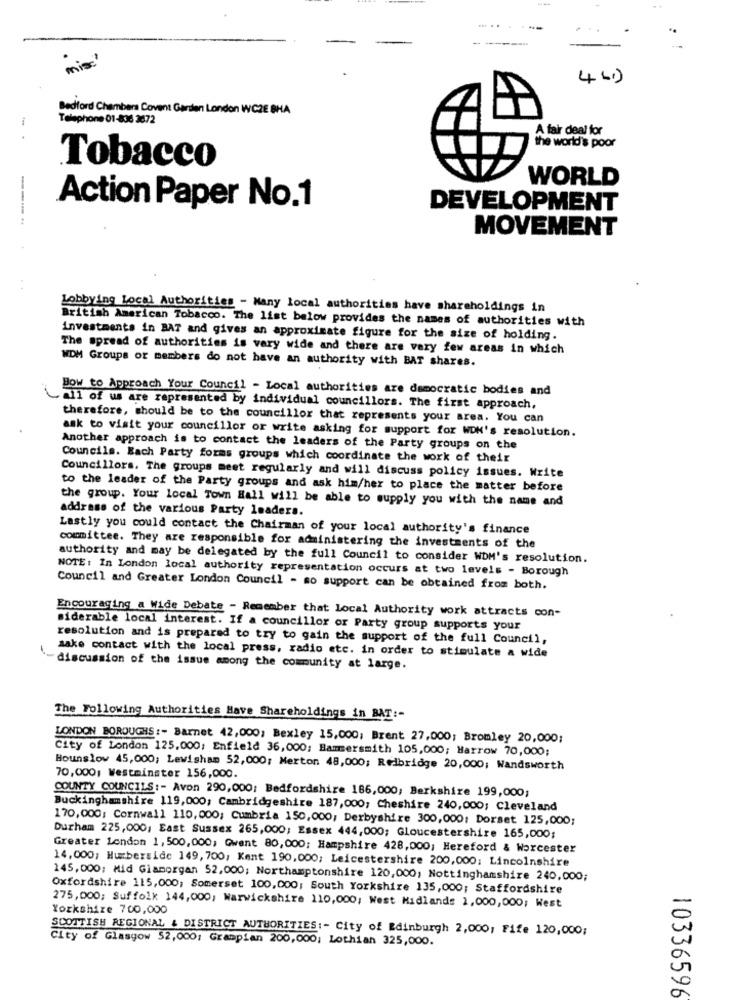
... ..
mi
461)
Bedford Chambers Covent Garden London WCZE BHA
Telephone 01-836 2872
A fair deal for
the world's poor
Tobacco
WORLD
Action Paper No.1
DEVELOPMENT
----
MOVEMENT
Lobbying Local Authorities - Many local authorities have shareholdings in
British American Tobacco. The list below provides the names of authorities with
investments in BAT and gives an approximate figure for the size of holding.
The spread of authorities is very wide and there are very few areas in which
WDM Groups or members do not have an authority with BAT shares.
Bow to Approach Your Council - Local authorities are democratic bodies and
all of us are represented by individual councillors. The first approach,
therefore, should be to the councillor that represents your area. You can
ask to visit your councillor or write asking for support for WOM's resolution.
Another approach is to contact the leaders of the Party groups on the
Councils. Each Party forms groups which coordinate the work of their
Councillors. The groups meet regularly and will discuss policy issues. Write
to the leader of the Party groups and ask him/her to place the matter before
the group. Your local Town Hall will be able to supply you with the name and
address of the various Party leaders.
Lastly you could contact the Chairman of your local authority's finance
committee. They are responsible for administering the investments of the
authority and may be delegated by the full Council to consider WDM's resolution.
NOTE: In London local authority representation occurs at two levels - Borough
Council and Greater London Council - so support can be obtained from both.
Encouraging a Wide Debate - Remember that Local Authority work attracts con-
siderable local interest. If a councillor or Party group supports your
resolution and is prepared to try to gain the support of the full Council,
sake contact with the local press, radio etc. in order to stimulate a wide
discussion of the issue among the community at large.
The Following Authorities Have Shareholdings in BAT :-
LONDON BOROUGHS :- Barnet 42,000; Bexley 15,000; Brent 27,000; Bromley 20,000;
City of London 125,000; Enfield 36, 000; Hammersmith 105,000; Harrow 70,000;
Hounslow 45,000; Lewisham 52,000; Merton 48,000; Redbridge 20,000; Wandsworth
70,000; Westminster 156,000.
COUNTY COUNCILS :- Avon 290,000: Bedfordshire 186,000; Berkshire 199,000;
Buckinghamshire 119,000; Cambridgeshire 187,000; Cheshire 240,000; Cleveland
170,000: Cornwall 110,000; Cumbria 150,000; Derbyshire 300,000: Dorset 125,000;
Durham 225,000, East Sussex 265,000; Essex 444,000; Gloucestershire 165,000;
Greater London 1, 500,000; Gwent 80,000; Hampshire 428,000; Hereford & Worcester
14,000; Humberside 149,700, Kant 190,000; Leicestershire 200,000; Lincolnshire
145,000; Mid Glamorgan 52,000; Northamptonshire 120,000; Nottinghamshire 240,000;
Oxfordshire 115,000; Somerset 100,000; South Yorkshire 135,000; Staffordshire
275,000; Suffolk 144,000, Warwickshire 110,000; West Midlands 2,000,000; West
Yorkshire 700,000
0
SCOTTISH REGIONAL & DISTRICT AUTHORITIES: - City of Edinburgh 2,000; Fife 120,000;
City of Glasgow $2,000; Gramplan 200,000; Lothian 325,000.
U
0
10336596